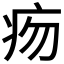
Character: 𤵐